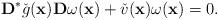
LaTeX: \begin{align*}\mathbf{D}^*\check{g}(\mathbf{x})\mathbf{D}\omega (\mathbf{x})+\check{v}(\mathbf{x})\omega (\mathbf{x})=0.\end{align*}